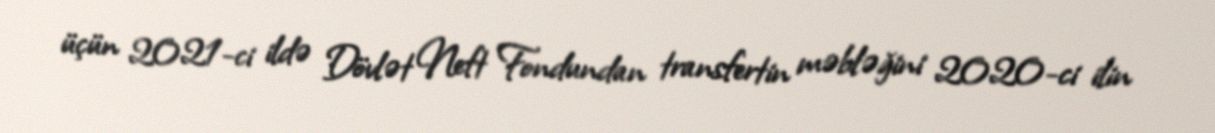
üçün 2021-ci ildə Dövlət Neft Fondundan transfertin məbləğini 2020-ci ilin